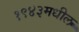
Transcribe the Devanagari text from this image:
१९४३मधील